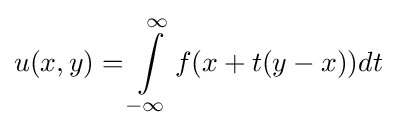
u(x,y)=\int \limits _{-\infty }^{\infty }f(x+t(y-x))dt